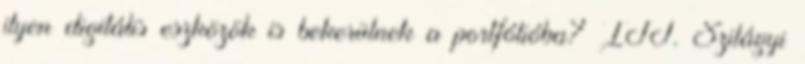
ilyen digitális eszközök is bekerülnek a portfólióba? ITT. Szilágyi